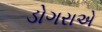
ડોગરાએ